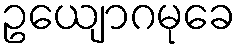
ဥယျောဂမုခေ